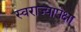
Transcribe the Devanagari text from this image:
स्वराज्यापेक्षा